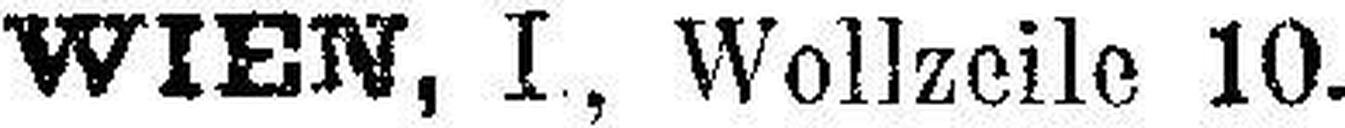
WIEN, I , Wollzeile 10.